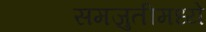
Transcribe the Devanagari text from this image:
समजुतीमध्ये